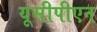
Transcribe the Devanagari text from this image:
यूसीपीएन